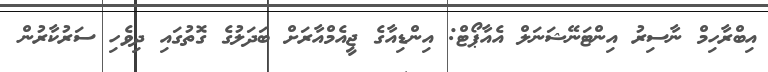
އިބްރާހިމް ނާސިރު އިންޓަނޭޝަނަލް އެއާޕޯޓް: އިންޑިއާގެ ޖީއެމްއާރަށް ބަދަލުގެ ގޮތުގައި ދިވެހި ސަރުކާރުން